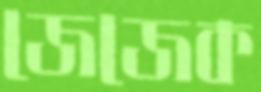
জেজেক